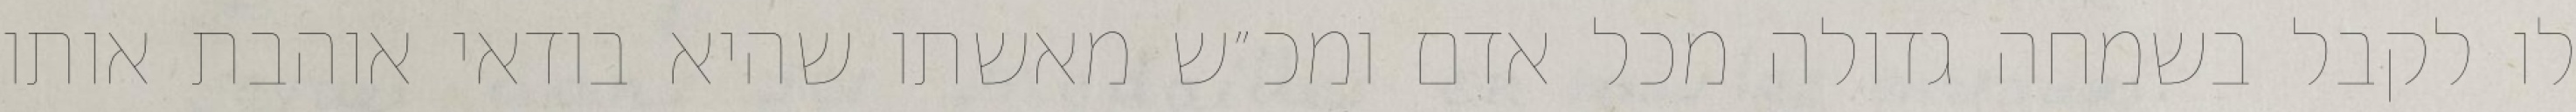
לו לקבל בשמחה גדולה מכל אדם ומכ״ש מאשתו שהיא בודאי אוהבת אותו